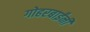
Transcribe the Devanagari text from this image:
गोहरबाईंनी